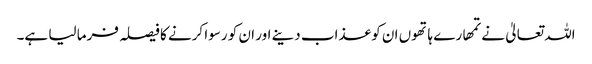
اللہ تعالیٰ نے تمھارے ہاتھوں ان کو عذاب دینے اور ان کو رسوا کرنے کا فیصلہ فرما لیا ہے۔